Civil Veterinary Dept. Bombay admin report 1932-41 - 1932-1941
Year: 1932
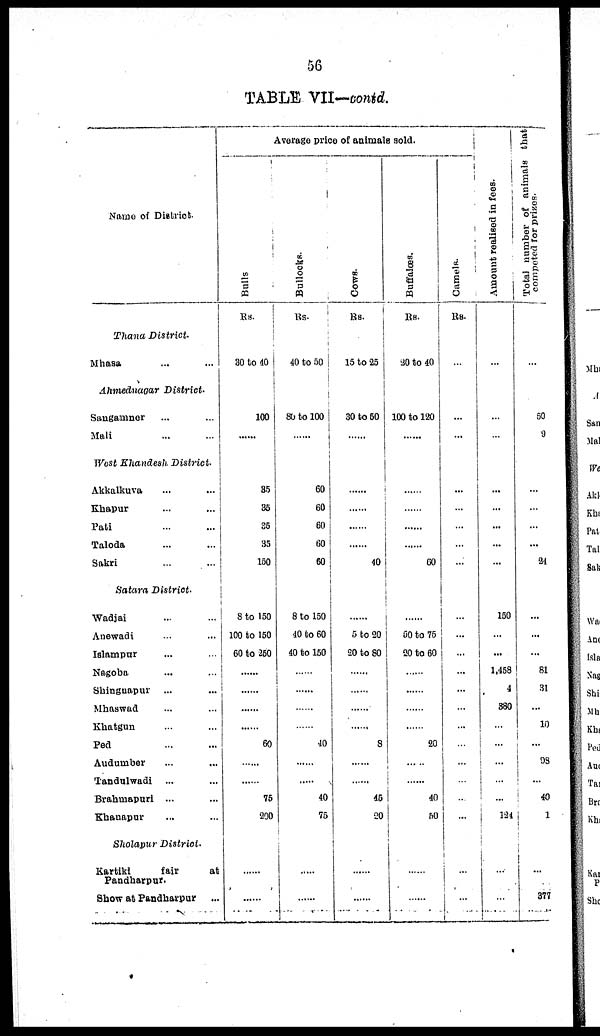
56
TABLE VII—contd.
Name of District.
Thana District.
Mhasa ... ...
Ahmednagar District.
Sangamner ... ...
Mali ... ...
West Khandesh District.
Akkalkuva ... ...
Khapur ... ...
Pati ... ...
Taloda ... ...
Sakri ... ...
Satara District.
Wadjai ... ...
Anewadi ... ...
Islampur ... ...
Nagoba ... ...
Shingnapur ... ...
Mhaswad ... ...
Khatgun ... ...
Ped
Audumber ... ...
Tandulwadi
... ...
Brahmapuri ... ...
Khanapur ... ...
Sholapur District.
Kartiki
fair
at
Pandharpur.
Show at Pandharpur ...
Average price of animals sold.
Bulls
Rs.
30 to 40
100
......
35
36
36
35
150
8 to 150
100 to 150
60 to 260
......
......
......
......
60
...
......
75
200
......
......
Bullocks.
Rs.
40 to 50
80 to 100
......
60
60
60
60
60
8 to 150
40 to 60
40 to 150
......
......
......
......
40
...
......
40
75
......
......
Cows.
Rs.
15 to 25
30 to 50
......
......
......
......
......
40
......
5 to 20
20 to 80
......
......
......
......
8
...
......
45
20
......
......
Buffalœs.
Rs.
30 to 40
100 to 120
......
......
......
......
......
60
......
50 to 75
20 to 60
......
......
......
......
20
...
.........
40
50
......
......
Camels.
RS.
...
...
...
...
...
...
...
...
...
...
...
...
...
...
...
...
...
...
...
...
...
...
Amount realised in fees.
...
...
...
...
...
...
...
...
150
...
...
1,458
4
380
...
...
...
...
...
124
...
...
Total number of animals tat
competed
for
prizes.
...
50
9
...
...
...
...
24
...
...
...
81
31
...
10
...
98
...
40
1
...
377